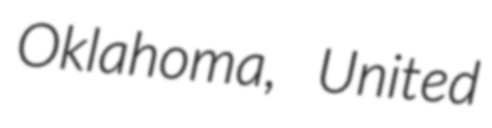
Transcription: Oklahoma, United